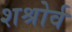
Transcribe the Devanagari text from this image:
शश्रोर्व